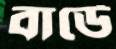
বার্ডে